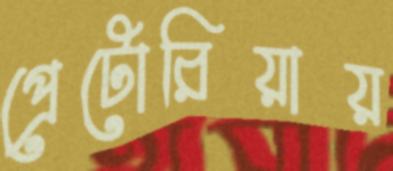
প্রেটোরিয়ায়